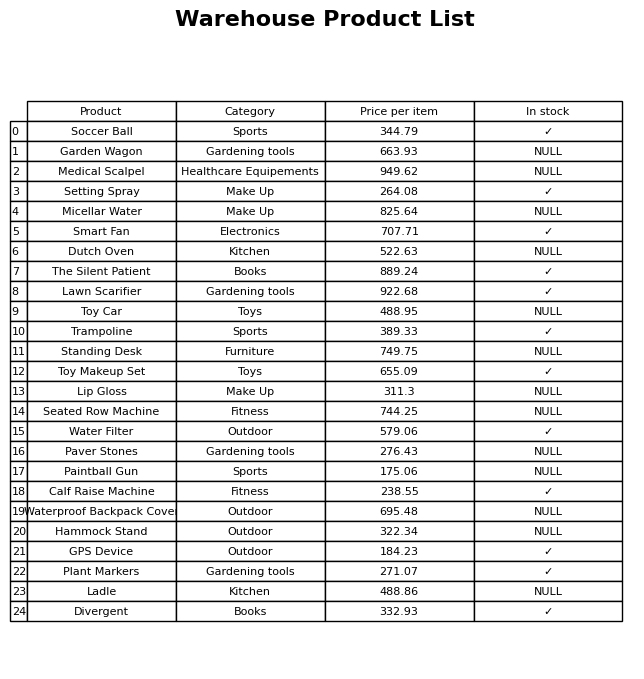
question: What is the price of the Toy Car?
answer: The price of Toy Car is 488.95.